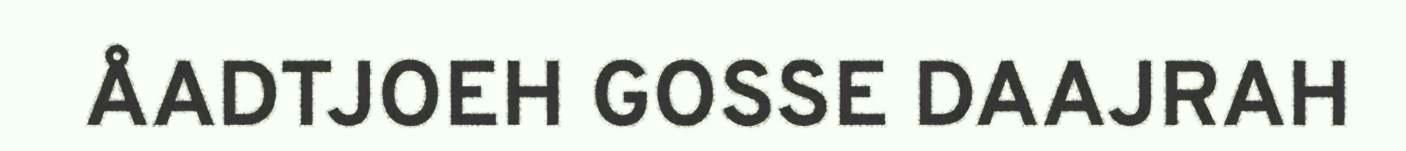
ÅADTJOEH GOSSE DAAJRAH